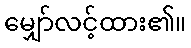
မျှော်လင့်ထား၏။